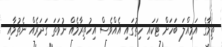
ތިމާގެ އަމިއްލަ ބަހަށް ޓަކައި ހިތުގައި އެއްވެސް އިހުތިރާމެއް ނުވަތަ ގަދަރެއް ނެތުމާއި